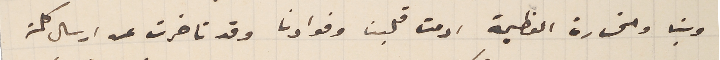
وبنا والخسارة العظيمة ادمت قلبنا وفوادنا وقد تأخرت عن ارسال كلمة